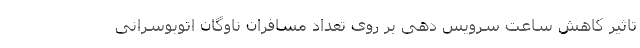
تاثیر کاهش ساعت سرویس دهی بر روی تعداد مسافران ناوگان اتوبوسرانی